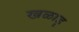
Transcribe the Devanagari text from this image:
खळाडू